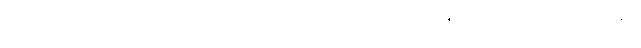
ပြင်ပမှာ အဲဒီလောက်အထိ ပူရင်တောင် အထဲက လူတွေအတွက် အန္တ္တရာယ်ဖြစ်လောက်တဲ့ အပူချိန်